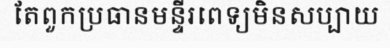
តែពួកប្រធានមន្ទីរពេទ្យមិនសប្បាយ